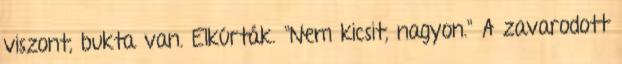
viszont, bukta van. Elkúrták. "Nem kicsit, nagyon." A zavarodott